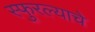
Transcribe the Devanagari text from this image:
स्फुरल्याचे